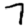
Digit: 7